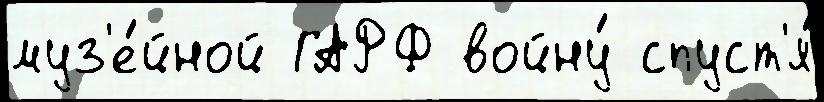
муз'е́йной ГАРФ войну́ спуст'я́